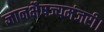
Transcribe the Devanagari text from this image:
ज्ञानभैषज्यमंजरी।